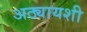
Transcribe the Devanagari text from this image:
अठ्यायशी